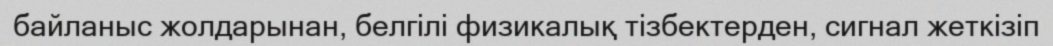
байланыс жолдарынан, белгілі физикалық тізбектерден, сигнал жеткізіп